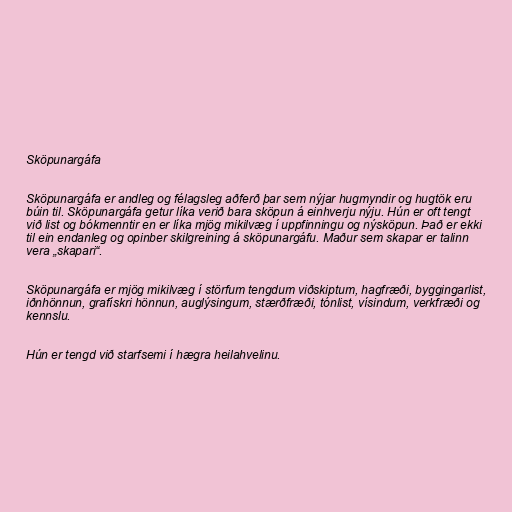
Sköpunargáfa

Sköpunargáfa er andleg og félagsleg aðferð þar sem nýjar hugmyndir og hugtök eru
búin til. Sköpunargáfa getur líka verið bara sköpun á einhverju nýju. Hún er oft tengt
við list og bókmenntir en er líka mjög mikilvæg í uppfinningu og nýsköpun. Það er ekki
til ein endanleg og opinber skilgreining á sköpunargáfu. Maður sem skapar er talinn
vera „skapari“.

Sköpunargáfa er mjög mikilvæg í störfum tengdum viðskiptum, hagfræði, byggingarlist,
iðnhönnun, grafískri hönnun, auglýsingum, stærðfræði, tónlist, vísindum, verkfræði og
kennslu.

Hún er tengd við starfsemi í hægra heilahvelinu.